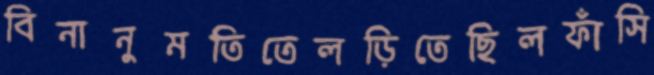
বিনানুমতিতেলড়িতেছিলফাঁসি